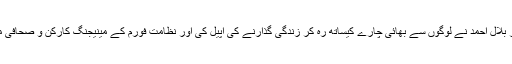
پروگرام کے کنوینر بلال احمد نے لوگوں سے بھائی چارے کیساتھ رہ کر زندگی گذارنے کی اپیل کی اور نظامت فورم کے مینیجنگ کارکن و صحافی محمد احمد نے کی ۔